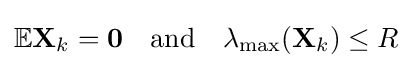
\mathbb {E} \mathbf {X} _{k}=\mathbf {0} \quad {\text{and}}\quad \lambda _{\text{max}}(\mathbf {X} _{k})\leq R